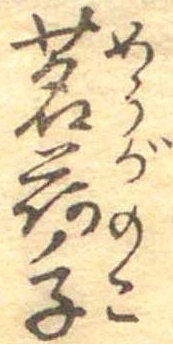
茗荷ノ子